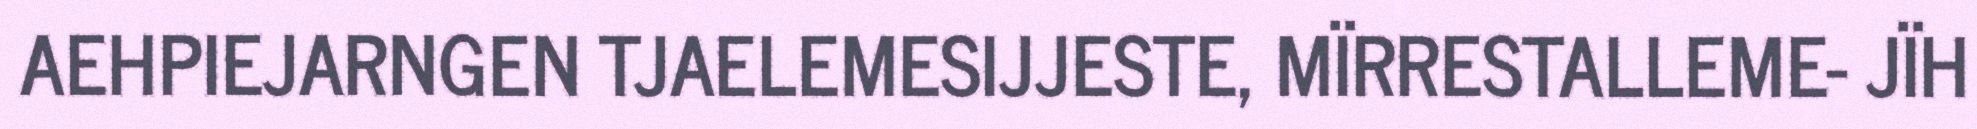
AEHPIEJARNGEN TJAELEMESIJJESTE, MÏRRESTALLEME- JÏH